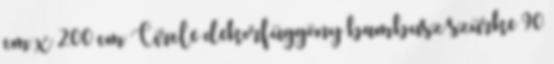
cm x 200 cm Circle dekorfüggöny bambusz szürke 90